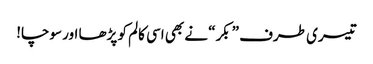
تیسری طرف ”بکر“ نے بھی اسی کالم کو پڑھا اور سوچا!